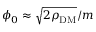
\phi _ { 0 } \approx \sqrt { 2 \rho _ { \mathrm { D M } } } / m